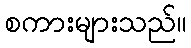
စကားများသည်။